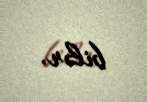
bilər.